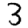
Digit: 3